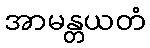
အာမန္တယတံ